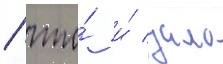
/ что́ и́ дало